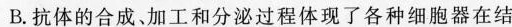
B.抗体的合成、加工和分泌过程体现了各种细胞器在结